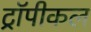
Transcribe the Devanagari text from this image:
ट्रॉपीकल